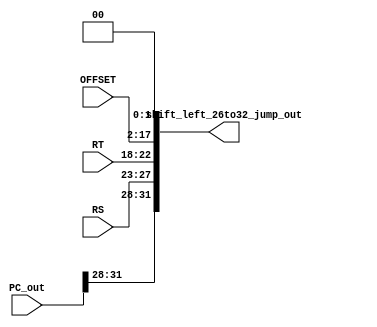
module shift_left_26to32_jump_(
            input wire [4:0] RS,
            input wire [4:0] RT,
            input wire [15:0] OFFSET,
            input wire [31:0] PC_out,
            output wire [31:0] shift_left_26to32_jump_out
            );
    

    assign shift_left_26to32_jump_out = {PC_out[31:28], RS, RT, OFFSET, 2'b00};

endmodule